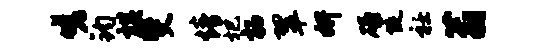
嗟钧棋斐情圯柘翠妍碌陡衽蓊